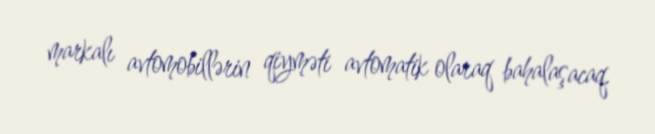
markalı avtomobillərin qiyməti avtomatik olaraq bahalaşacaq.